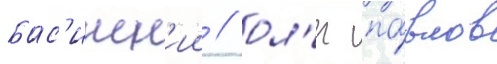
бас'инск'ии / ол'ег па́влов